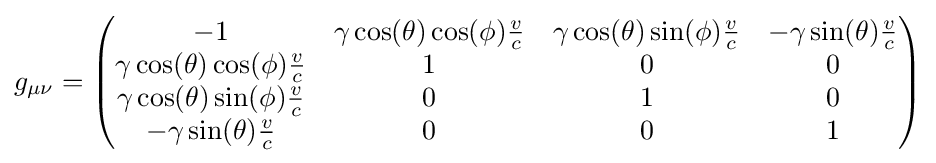
g_{\mu \nu }={\begin{pmatrix}-1&\gamma \cos(\theta )\cos(\phi ){\frac {v}{c}}&\gamma \cos(\theta )\sin(\phi ){\frac {v}{c}}&-\gamma \sin(\theta ){\frac {v}{c}}\\\gamma \cos(\theta )\cos(\phi ){\frac {v}{c}}&1&0&0\\\gamma \cos(\theta )\sin(\phi ){\frac {v}{c}}&0&1&0\\-\gamma \sin(\theta ){\frac {v}{c}}&0&0&1\end{pmatrix}}